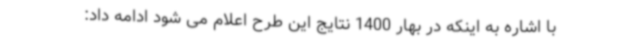
با اشاره به اینکه در بهار 1400 نتایج این طرح اعلام می شود ادامه داد: